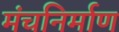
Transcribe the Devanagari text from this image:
मंचनिर्माण